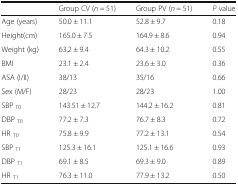
|  | Group CV (n = 51) | Group PV (n = 51) | P value |
 | --- | --- | --- | --- |
 | Age (years) | 50.0 ± 11.1 | 52.8 ± 9.7 | 0.18 |
 | Height(cm) | 165.0 ± 7.5 | 164.9 ± 8.6 | 0.94 |
 | Weight (kg) | 63.2 ± 9.4 | 64.3 ± 10.2 | 0.55 |
 | BMI | 23.1 ± 2.4 | 23.6 ± 3.0 | 0.36 |
 | ASA (I/II) | 38/13 | 35/16 | 0.66 |
 | Sex (M/F) | 28/23 | 28/23 | 1.00 |
 | SBP T0 | 143.51 ± 12.7 | 144.2 ± 16.2 | 0.81 |
 | DBP T0 | 77.2 ± 7.3 | 76.7 ± 8.3 | 0.72 |
 | HR T0 | 75.8 ± 9.9 | 77.2 ± 13.1 | 0.54 |
 | SBP T1 | 125.3 ± 16.1 | 125.1 ± 16.6 | 0.93 |
 | DBP T1 | 69.1 ± 8.5 | 69.3 ± 9.0 | 0.89 |
 | HR T1 | 76.3 ± 11.0 | 77.9 ± 13.2 | 0.50 |